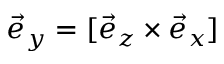
\vec { e } _ { y } = [ \vec { e } _ { z } \times \vec { e } _ { x } ]